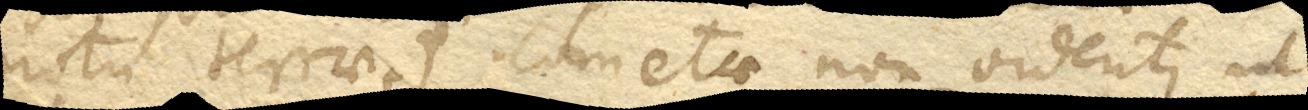
motu terrae +). Cometae non videntur, ut